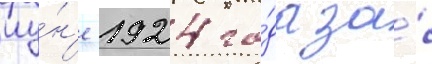
иу́н'е 1924 го́да за́